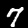
Digit: 7